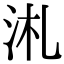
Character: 㳐